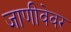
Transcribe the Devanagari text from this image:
जाणीवेवर